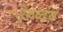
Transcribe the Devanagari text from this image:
उरुव्दंय